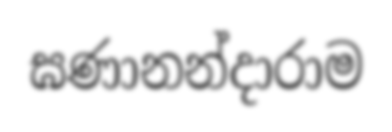
ඝණානන්දාරාම